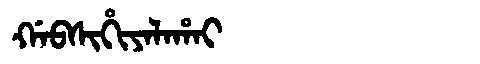
Manchu: ᡤᠠᠪᠰᡳᡥᡳᠶᠠᠯᠠᡥᠠᡳ
Romanization: GABSIHIYALAHAI